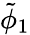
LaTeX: \tilde{\phi}_{1}